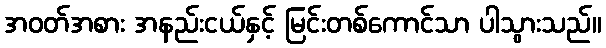
အဝတ်အစား အနည်းငယ်နှင့် မြင်းတစ်ကောင်သာ ပါသွားသည်။